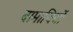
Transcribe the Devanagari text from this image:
बामाचियों